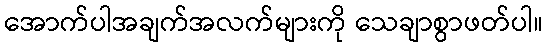
အောက်ပါအချက်အလက်များကို သေချာစွာဖတ်ပါ။